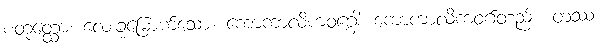
စတုတ္ထော၊ လေးခုမြောက်သော။ ကောကာလိကဝဂ္ဂေါ၊ ကောကာလိကဝဂ်တည်း။ တဿ၊